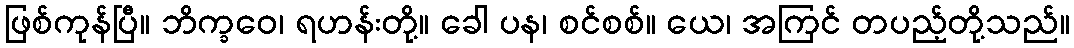
ဖြစ်ကုန်ပြီ။ ဘိက္ခဝေ၊ ရဟန်းတို့။ ခေါ ပန၊ စင်စစ်။ ယေ၊ အကြင် တပည့်တို့သည်။